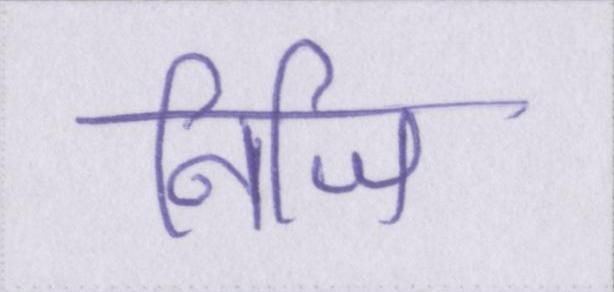
निजि